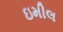
ઇમીલ